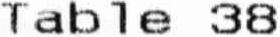
TABLE 38